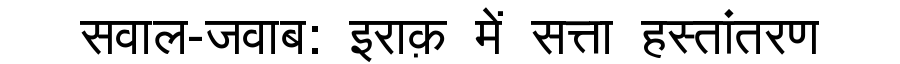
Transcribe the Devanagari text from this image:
सवाल-जवाब: इराक़ में सत्ता हस्तांतरण